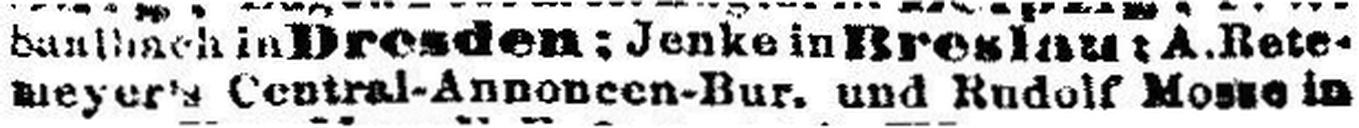
wager's Central-Annoncen-Bur. und Rudolf M### in